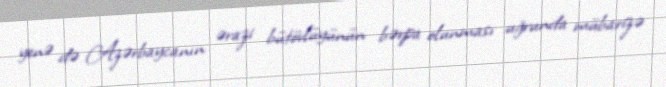
yenə də Azərbaycanın ərazi bütövlüyünün bərpa olunması uğrunda mübarizə